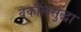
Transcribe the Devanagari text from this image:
वकीलसुद्धा